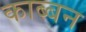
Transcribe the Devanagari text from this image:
काब्बन